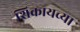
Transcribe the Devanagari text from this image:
शिकायच्या